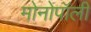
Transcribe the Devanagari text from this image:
मोनोपॉली